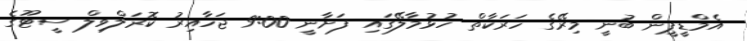
އެމްޑީޕީން ބުނީ މިރޭގެ ހަރަކާތް ހުޅުމާލޭގައި ފަށާނީ 9:00 ޖަހާއިރު ކޮރަލްވިލް ސީޓޫގެ